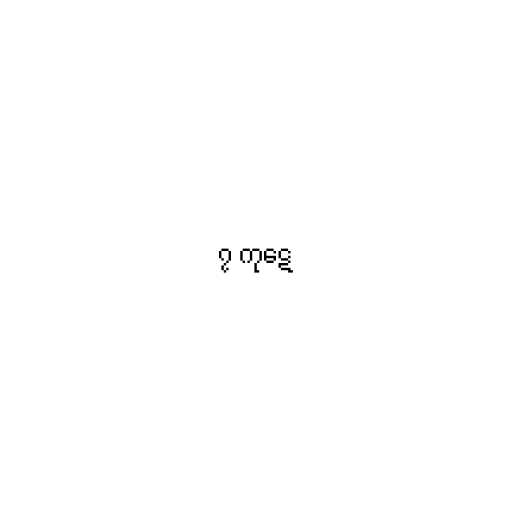
၇ ကုဋေ